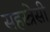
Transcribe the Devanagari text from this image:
सहस्त्रेसी